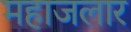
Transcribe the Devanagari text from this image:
महाजलार